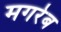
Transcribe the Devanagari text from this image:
मगरेब